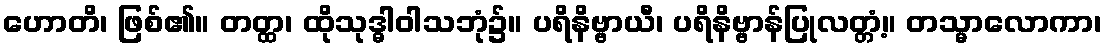
ဟောတိ၊ ဖြစ်၏။ တတ္ထ၊ ထိုသုဒ္ဓါဝါသဘုံ၌။ ပရိနိဗ္ဗာယီ၊ ပရိနိဗ္ဗာန်ပြုလတ္တံ့။ တသ္မာလောကာ၊